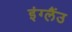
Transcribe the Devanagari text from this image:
इंग्लैंउ